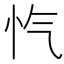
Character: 忾